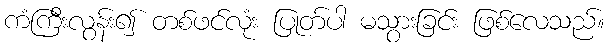
ကံကြီးလွန်း၍ တစ်ဖင်လုံး ပြုတ်ပါ မသွားခြင်း ဖြစ်လေသည်။